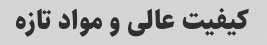
کیفیت عالی و مواد تازه